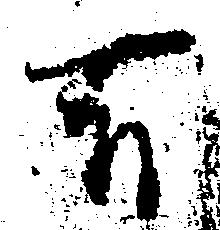
有